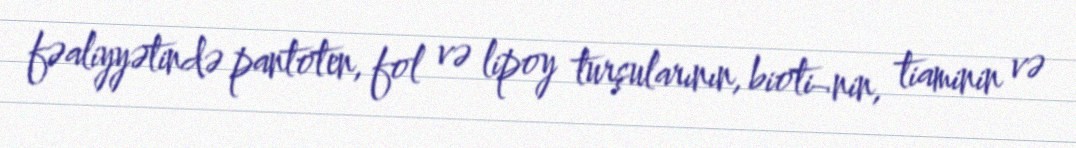
fəaliyyətində pantoten, fol və lipoy turşularının, bioti¬nin, tiaminin və